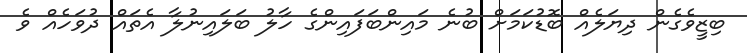
ބިޒީވެގެން ދިޔަލެއް ބޮޑުކަމަށް ބުނެ މައިންބަފައިންގެ ހާލު ބަލައިނުލާ އެތައް ދުވަހެއް ވެ